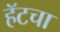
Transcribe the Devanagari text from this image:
हॅटचा